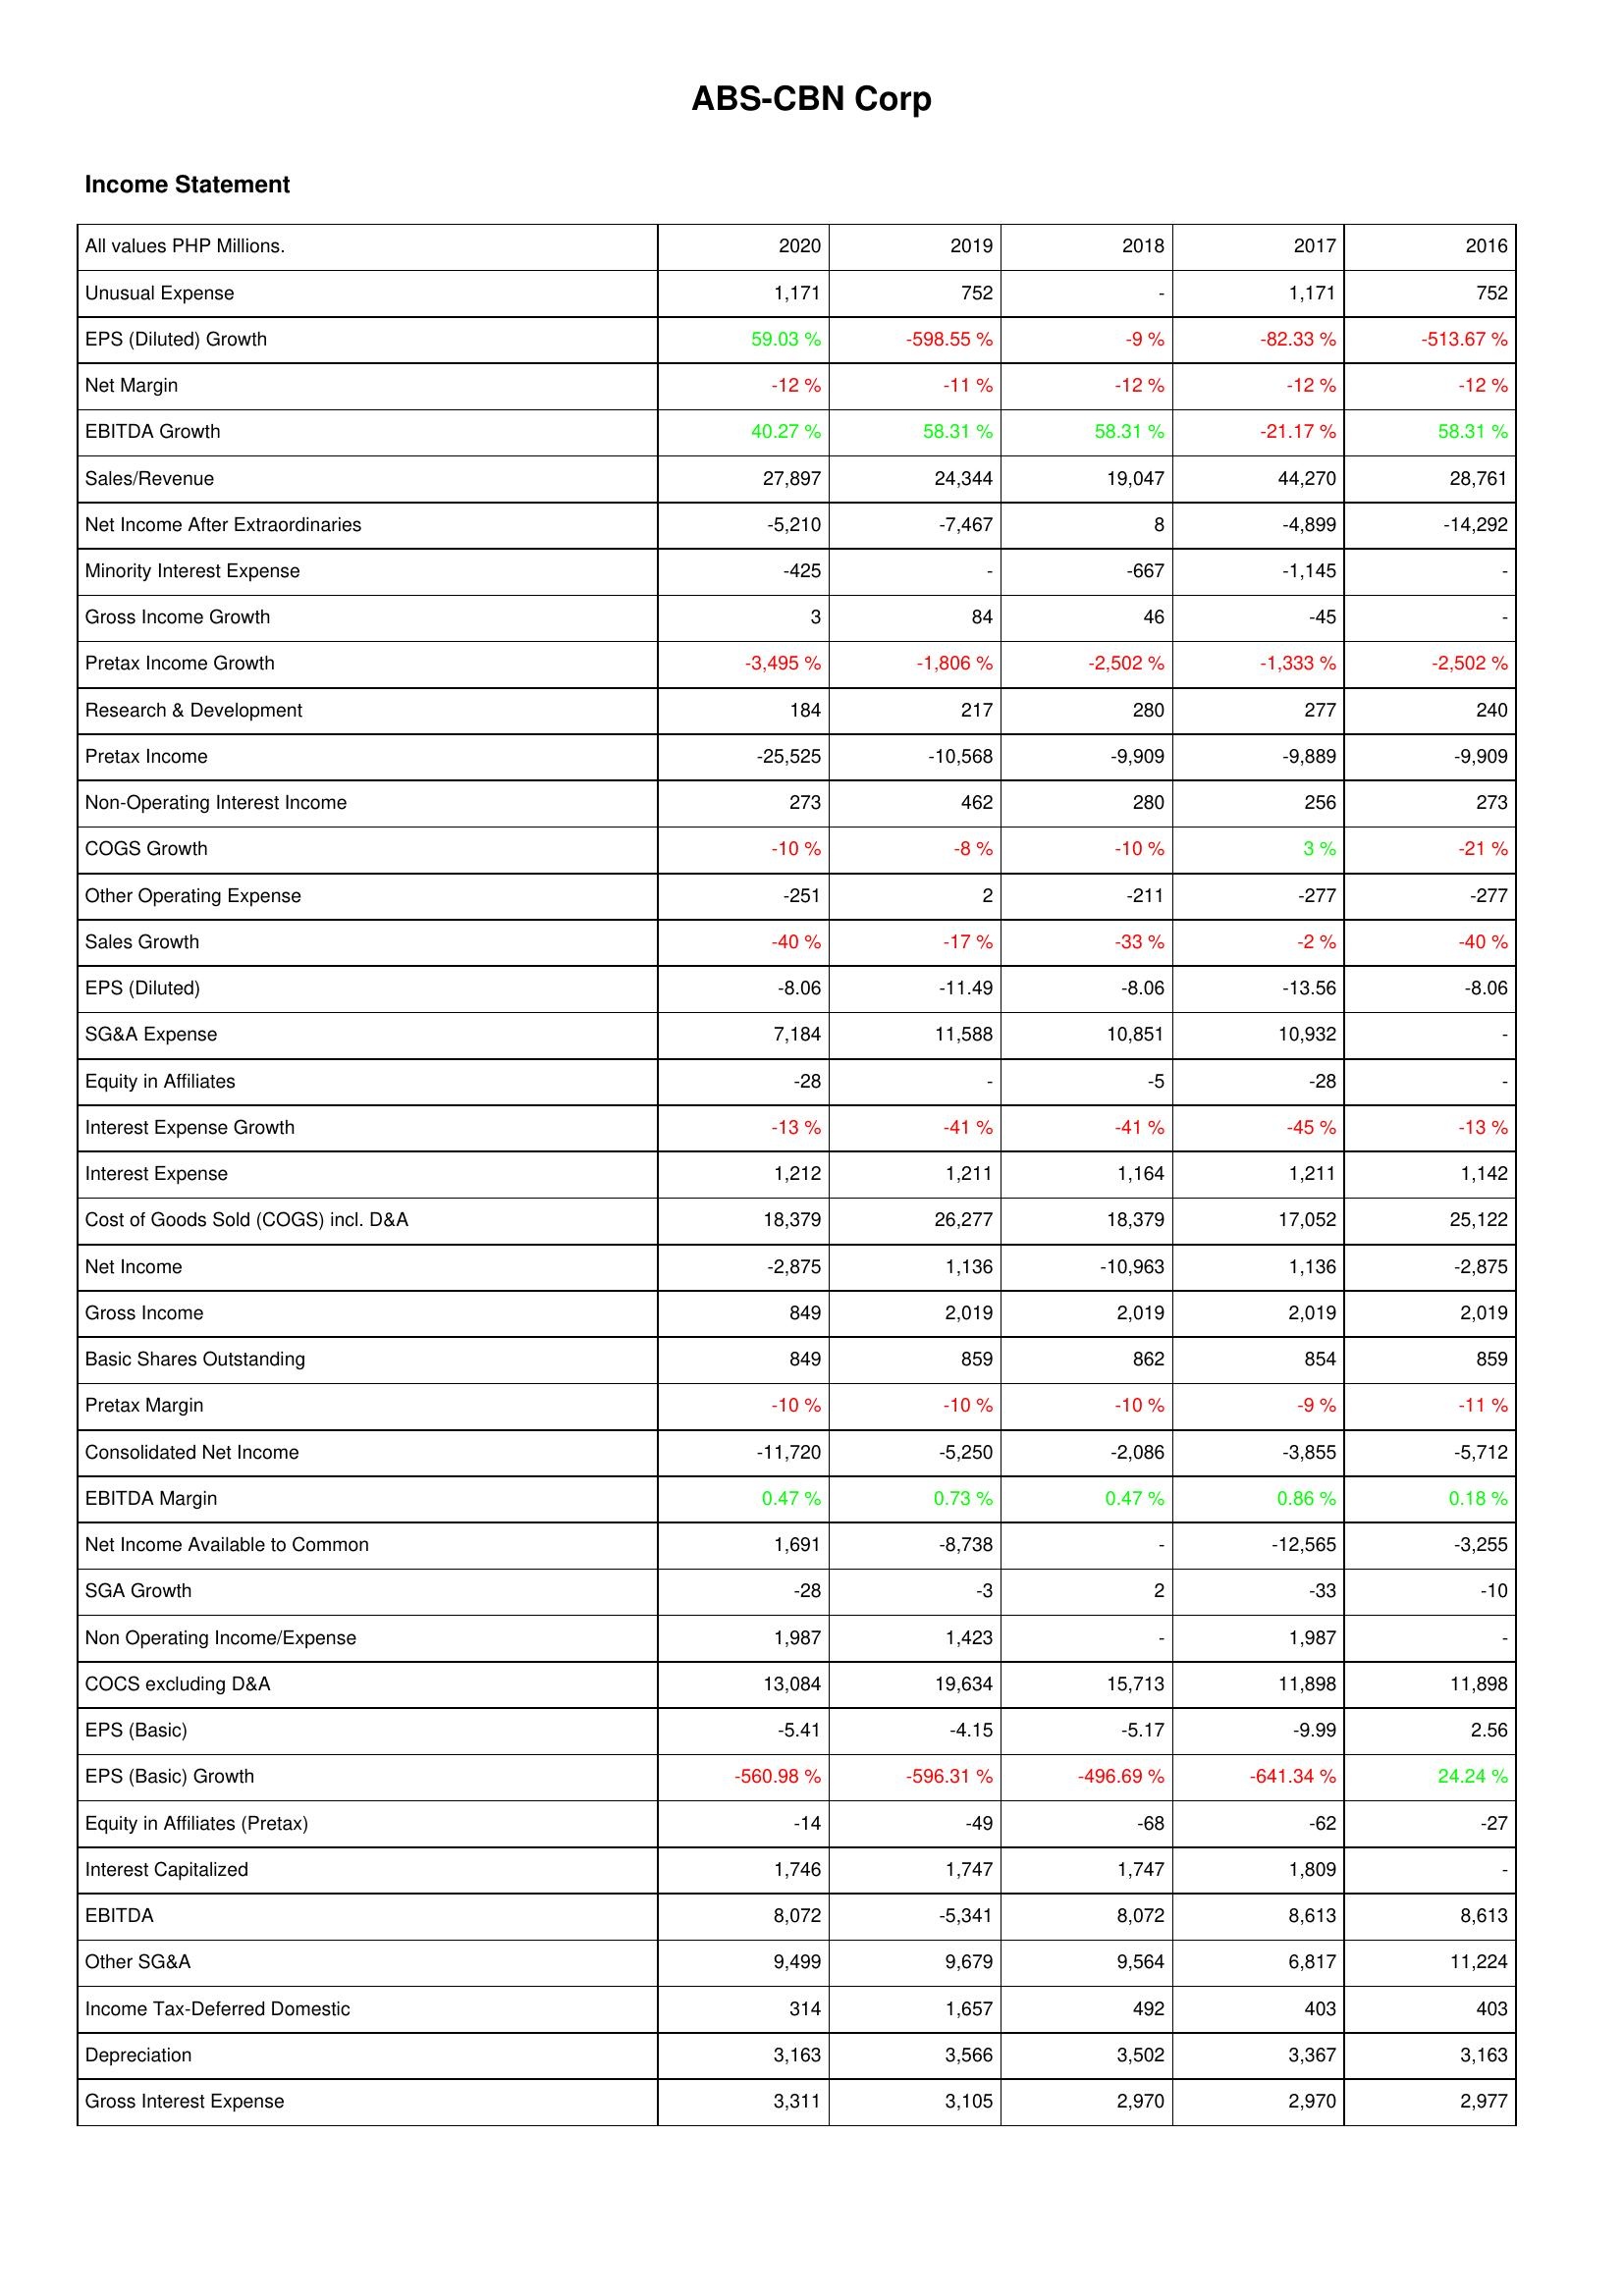
2020: Income Statement: Unusual Expense: 1,171
EPS (Diluted) Growth: 59.03 %
Net Margin: -12 %
EBITDA Growth: 40.27 %
Sales/Revenue: 27,897
Net Income After Extraordinaries: -5,210
Minority Interest Expense: -425
Gross Income Growth: 3
Pretax Income Growth: -3,495 %
Research & Development: 184
Pretax Income: -25,525
Non-Operating Interest Income: 273
COGS Growth: -10 %
Other Operating Expense: -251
Sales Growth: -40 %
EPS (Diluted): -8.06
SG&A Expense: 7,184
Equity in Affiliates: -28
Interest Expense Growth: -13 %
Interest Expense: 1,212
Cost of Goods Sold (COGS) incl. D&A: 18,379
Net Income: -2,875
Gross Income: 849
Basic Shares Outstanding: 849
Pretax Margin: -10 %
Consolidated Net Income: -11,720
EBITDA Margin: 0.47 %
Net Income Available to Common: 1,691
SGA Growth: -28
Non Operating Income/Expense: 1,987
COCS excluding D&A: 13,084
EPS (Basic): -5.41
EPS (Basic) Growth: -560.98 %
Equity in Affiliates (Pretax): -14
Interest Capitalized: 1,746
EBITDA: 8,072
Other SG&A: 9,499
Income Tax-Deferred Domestic: 314
Depreciation: 3,163
Gross Interest Expense: 3,311
2019: Income Statement: Unusual Expense: 752
EPS (Diluted) Growth: -598.55 %
Net Margin: -11 %
EBITDA Growth: 58.31 %
Sales/Revenue: 24,344
Net Income After Extraordinaries: -7,467
Minority Interest Expense: -
Gross Income Growth: 84
Pretax Income Growth: -1,806 %
Research & Development: 217
Pretax Income: -10,568
Non-Operating Interest Income: 462
COGS Growth: -8 %
Other Operating Expense: 2
Sales Growth: -17 %
EPS (Diluted): -11.49
SG&A Expense: 11,588
Equity in Affiliates: -
Interest Expense Growth: -41 %
Interest Expense: 1,211
Cost of Goods Sold (COGS) incl. D&A: 26,277
Net Income: 1,136
Gross Income: 2,019
Basic Shares Outstanding: 859
Pretax Margin: -10 %
Consolidated Net Income: -5,250
EBITDA Margin: 0.73 %
Net Income Available to Common: -8,738
SGA Growth: -3
Non Operating Income/Expense: 1,423
COCS excluding D&A: 19,634
EPS (Basic): -4.15
EPS (Basic) Growth: -596.31 %
Equity in Affiliates (Pretax): -49
Interest Capitalized: 1,747
EBITDA: -5,341
Other SG&A: 9,679
Income Tax-Deferred Domestic: 1,657
Depreciation: 3,566
Gross Interest Expense: 3,105
2018: Income Statement: Unusual Expense: -
EPS (Diluted) Growth: -9 %
Net Margin: -12 %
EBITDA Growth: 58.31 %
Sales/Revenue: 19,047
Net Income After Extraordinaries: 8
Minority Interest Expense: -667
Gross Income Growth: 46
Pretax Income Growth: -2,502 %
Research & Development: 280
Pretax Income: -9,909
Non-Operating Interest Income: 280
COGS Growth: -10 %
Other Operating Expense: -211
Sales Growth: -33 %
EPS (Diluted): -8.06
SG&A Expense: 10,851
Equity in Affiliates: -5
Interest Expense Growth: -41 %
Interest Expense: 1,164
Cost of Goods Sold (COGS) incl. D&A: 18,379
Net Income: -10,963
Gross Income: 2,019
Basic Shares Outstanding: 862
Pretax Margin: -10 %
Consolidated Net Income: -2,086
EBITDA Margin: 0.47 %
Net Income Available to Common: -
SGA Growth: 2
Non Operating Income/Expense: -
COCS excluding D&A: 15,713
EPS (Basic): -5.17
EPS (Basic) Growth: -496.69 %
Equity in Affiliates (Pretax): -68
Interest Capitalized: 1,747
EBITDA: 8,072
Other SG&A: 9,564
Income Tax-Deferred Domestic: 492
Depreciation: 3,502
Gross Interest Expense: 2,970
2017: Income Statement: Unusual Expense: 1,171
EPS (Diluted) Growth: -82.33 %
Net Margin: -12 %
EBITDA Growth: -21.17 %
Sales/Revenue: 44,270
Net Income After Extraordinaries: -4,899
Minority Interest Expense: -1,145
Gross Income Growth: -45
Pretax Income Growth: -1,333 %
Research & Development: 277
Pretax Income: -9,889
Non-Operating Interest Income: 256
COGS Growth: 3 %
Other Operating Expense: -277
Sales Growth: -2 %
EPS (Diluted): -13.56
SG&A Expense: 10,932
Equity in Affiliates: -28
Interest Expense Growth: -45 %
Interest Expense: 1,211
Cost of Goods Sold (COGS) incl. D&A: 17,052
Net Income: 1,136
Gross Income: 2,019
Basic Shares Outstanding: 854
Pretax Margin: -9 %
Consolidated Net Income: -3,855
EBITDA Margin: 0.86 %
Net Income Available to Common: -12,565
SGA Growth: -33
Non Operating Income/Expense: 1,987
COCS excluding D&A: 11,898
EPS (Basic): -9.99
EPS (Basic) Growth: -641.34 %
Equity in Affiliates (Pretax): -62
Interest Capitalized: 1,809
EBITDA: 8,613
Other SG&A: 6,817
Income Tax-Deferred Domestic: 403
Depreciation: 3,367
Gross Interest Expense: 2,970
2016: Income Statement: Unusual Expense: 752
EPS (Diluted) Growth: -513.67 %
Net Margin: -12 %
EBITDA Growth: 58.31 %
Sales/Revenue: 28,761
Net Income After Extraordinaries: -14,292
Minority Interest Expense: -
Gross Income Growth: -
Pretax Income Growth: -2,502 %
Research & Development: 240
Pretax Income: -9,909
Non-Operating Interest Income: 273
COGS Growth: -21 %
Other Operating Expense: -277
Sales Growth: -40 %
EPS (Diluted): -8.06
SG&A Expense: -
Equity in Affiliates: -
Interest Expense Growth: -13 %
Interest Expense: 1,142
Cost of Goods Sold (COGS) incl. D&A: 25,122
Net Income: -2,875
Gross Income: 2,019
Basic Shares Outstanding: 859
Pretax Margin: -11 %
Consolidated Net Income: -5,712
EBITDA Margin: 0.18 %
Net Income Available to Common: -3,255
SGA Growth: -10
Non Operating Income/Expense: -
COCS excluding D&A: 11,898
EPS (Basic): 2.56
EPS (Basic) Growth: 24.24 %
Equity in Affiliates (Pretax): -27
Interest Capitalized: -
EBITDA: 8,613
Other SG&A: 11,224
Income Tax-Deferred Domestic: 403
Depreciation: 3,163
Gross Interest Expense: 2,977